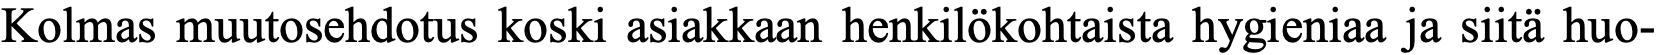
Kolmas muutosehdotus koski asiakkaan henkilökohtaista hygieniaa ja siitä huo-